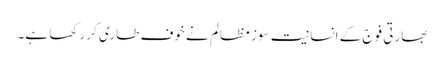
بھارتی فوج کے انسانیت سوز مظالم نے خوف طاری کر رکھا ہے۔